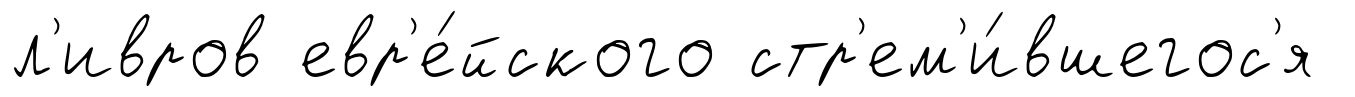
л'ивров евр'е́йского стр'ем'и́вшегос'я